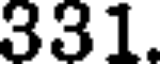
331.